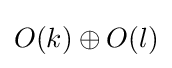
O(k)\oplus O(l)